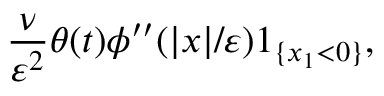
\frac { \nu } { \varepsilon ^ { 2 } } \theta ( t ) \phi ^ { \prime \prime } ( | x | / \varepsilon ) 1 _ { \{ x _ { 1 } < 0 \} } ,